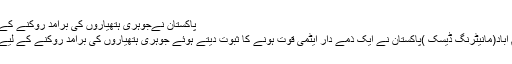
پاکستان نےجوہری ہتھیاروں کی برآمد روکنے کے لیے کنٹرول لسٹ جاری کردی
4 دن پہلے	21 Views اسلام آباد(مانیٹرنگ ڈیسک )پاکستان نے ایک ذمے دار ایٹمی قوت ہونے کا ثبوت دیتے ہوئے جوہری ہتھیاروں کی برآمد روکنے کے لیے کنٹرول لسٹ جاری کردی ہے۔